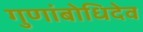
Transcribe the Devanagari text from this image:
गुणांबोधिदेव